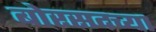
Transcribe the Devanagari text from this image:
बोरसदच्या